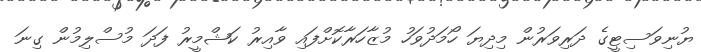
ޔުނިވަސިޓީގެ ދަރިވަރުން މިދިޔަ ހޯމަދުވަހު މުޒާހަރާކޮށްފައި ވާއިރު ކަޝްމީރު ފަދަ މުސްލިމުން ގިނަ